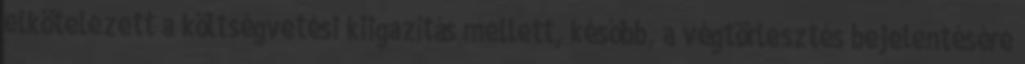
elkötelezett a költségvetési kiigazítás mellett, később, a végtörlesztés bejelentésére